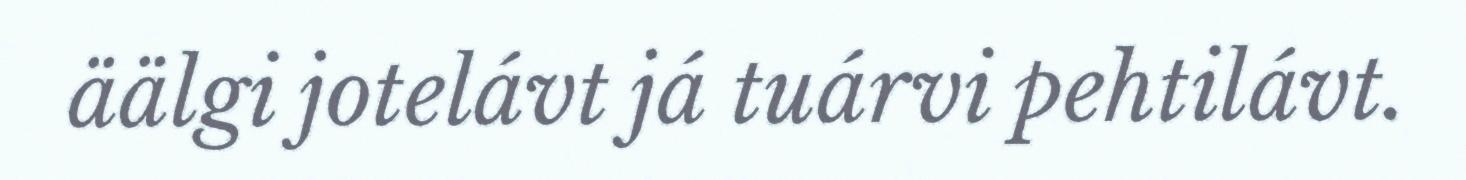
äälgi jotelávt já tuárvi pehtilávt.